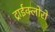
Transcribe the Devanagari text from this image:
ट्राईक्लोरो